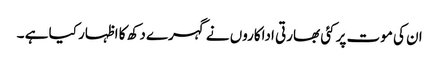
ان کی موت پر کئی بھارتی اداکاروں نے گہرے دکھ کا اظہار کیا ہے ۔